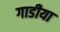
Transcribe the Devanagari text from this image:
गाडीया